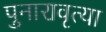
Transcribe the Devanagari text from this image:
पुनारावृत्या